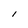
Character: l